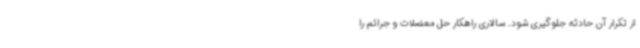
از تکرار آن حادثه جلوگیری شود. سالاری راهکار حل معضلات و جرائم را